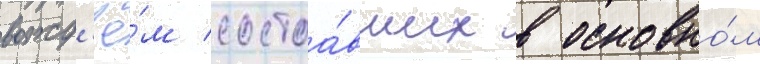
вожд'ё́м состоа́вших в основно́м